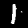
Label: 1